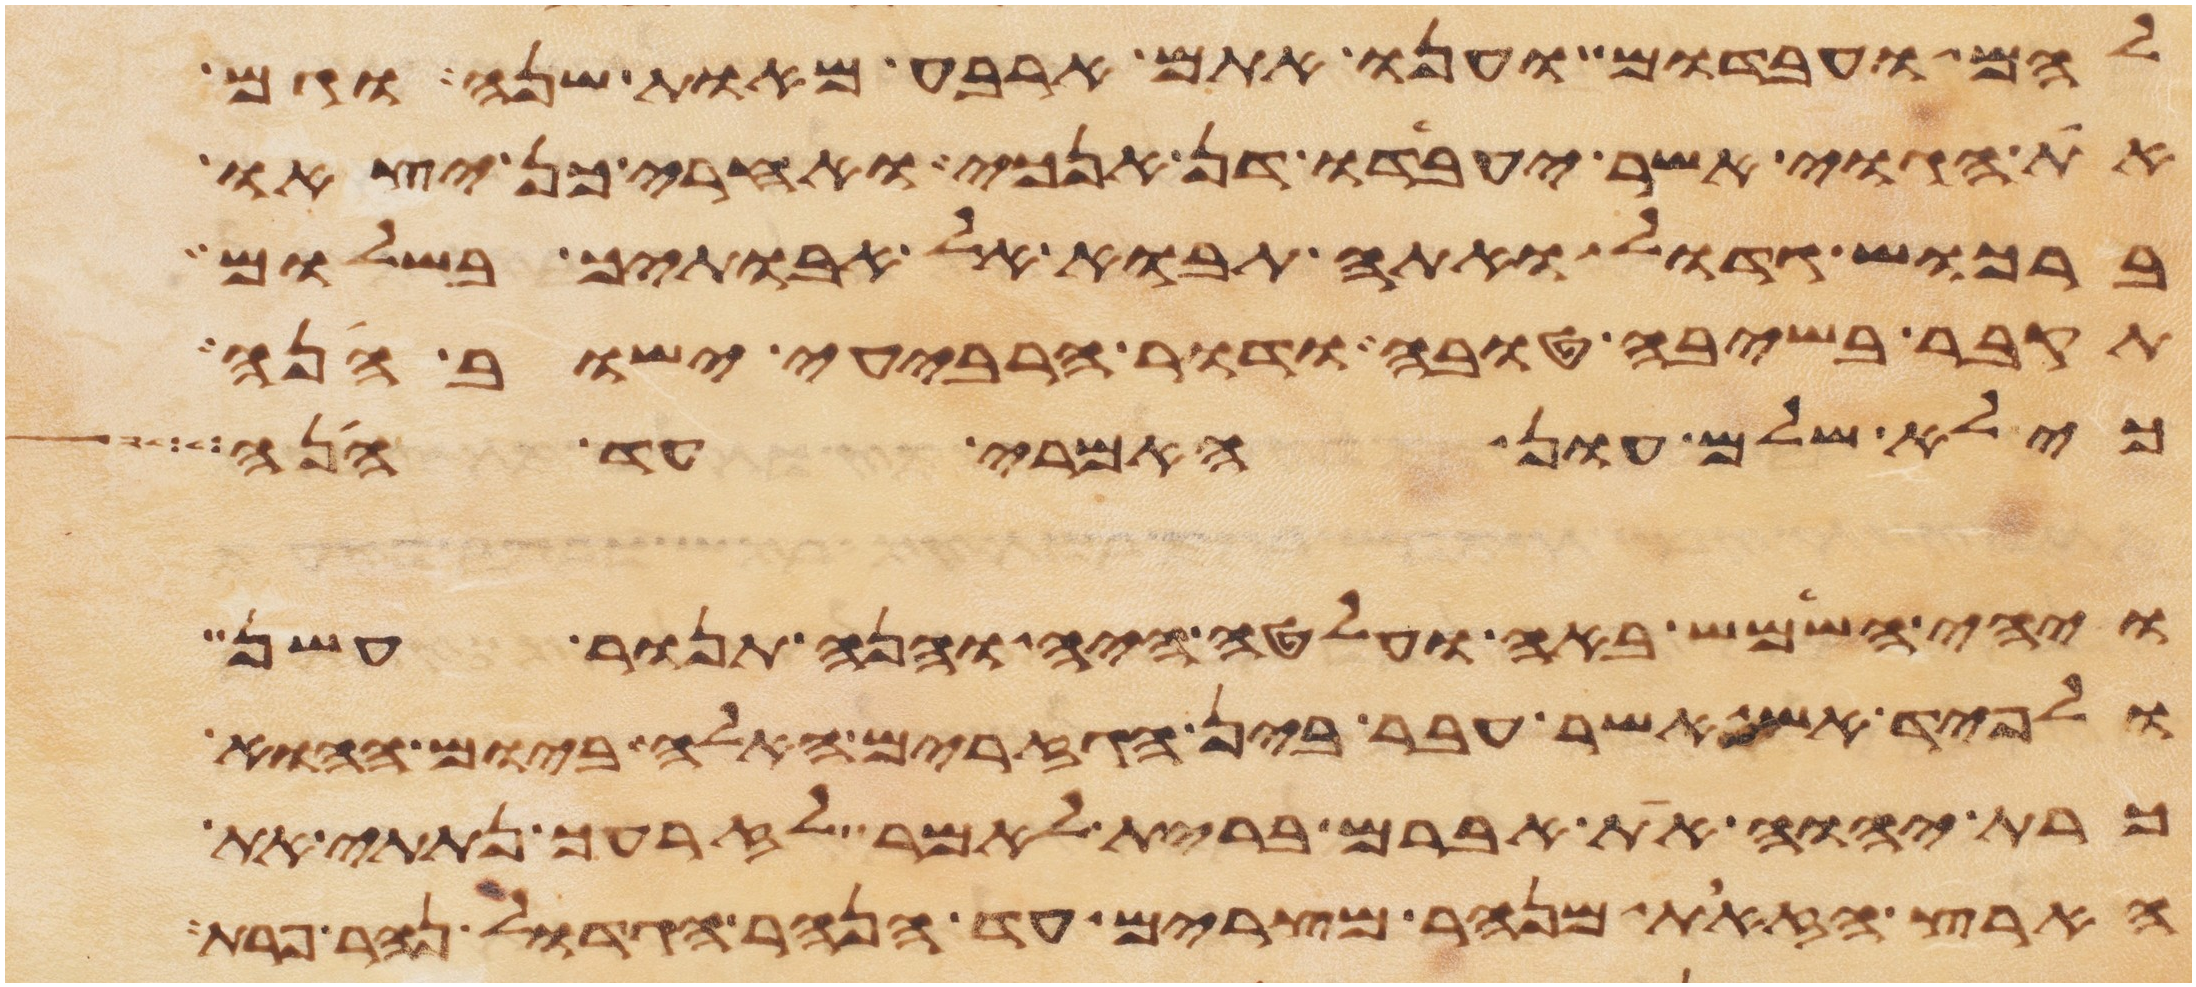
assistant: להם ועבדום וענו אתם ארבע מאות שנה וגם
את הגוי אשר יעבדו דן אנכי ואחרי כן יצאו
ברכוש גדול ואתה תבוא אל אבתיך בשלום
תקבר בשיבה טובה ודור הרביעי ישוב הנה
כי לא שלם עון האמרי עד הנה
ויהי השמש באה ועלטה היה והנה תנור עשן
ולפיד אש אשר עבר בין הגזרים האלה ביום ההוא
כרת יהוה את אברם ברית לאמר לזרעך נתתי את
הארץ הזאת מנהר מצרים עד הנהר הגדול נהר פרת